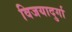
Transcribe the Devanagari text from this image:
विजयादुर्गा